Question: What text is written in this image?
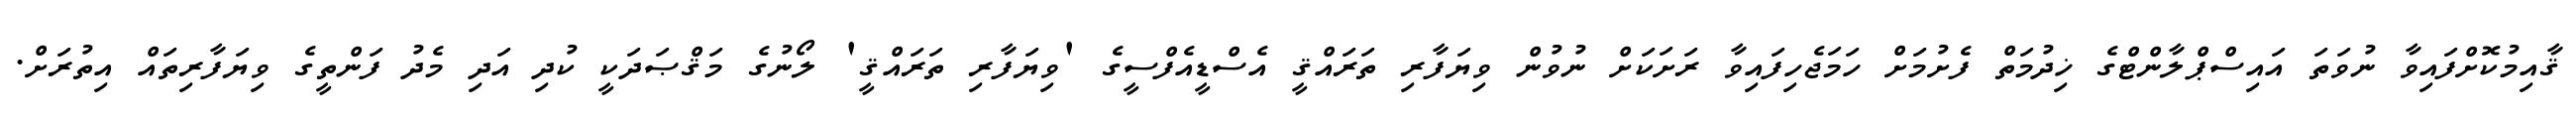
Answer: ޤާއިމުކޮށްފައިވާ ނުވަތަ އައިސްޕްލާންޓްގެ ޚިދުމަތް ފެށުމަށް ހަމަޖެހިފައިވާ ރަށަކަށް ނުވުން ވިޔަފާރި ތަރައްޤީ އެސްޑީއެފްސީގެ 'ވިޔަފާރި ތަރައްޤީ' ލޯނުގެ މަޤްޞަދަކީ ކުދި އަދި މެދު ފަންތީގެ ވިޔަފާރިތައް އިތުރަށް.